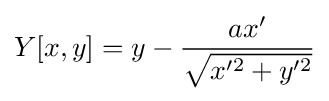
Y[x,y]=y-{\frac {ax'}{\sqrt {x'^{2}+y'^{2}}}}